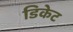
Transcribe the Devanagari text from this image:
डिकेट